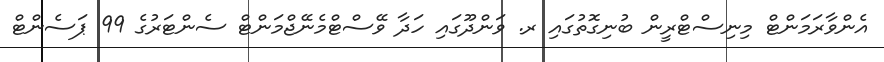
އެންވާރަމަންޓް މިނިސްޓްރީން ބުނިގޮތުގައި ރ. ވަންދޫގައި ހަދާ ވޭސްޓްމެނޭޖްމަންޓް ސެންޓަރުގެ 99 ޕަސެންޓް